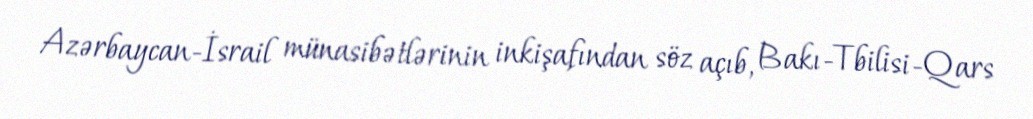
Azərbaycan-İsrail münasibətlərinin inkişafından söz açıb, Bakı-Tbilisi-Qars